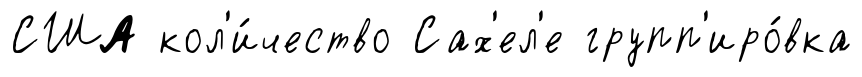
США кол'и́чество Сах'ел'е групп'иро́вка